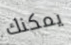
يمكنك